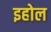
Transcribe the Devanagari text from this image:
इहोल